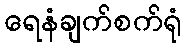
ရေနံချက်စက်ရုံ